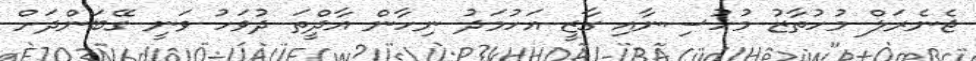
ޖެނެރަލް މުހުތާޒު މުހުސިނާއި ގާޒީ އަހުމަދު ނިހާން އާދީްތަ ދުވަހު ވަނީ ގޭބަންދަށް